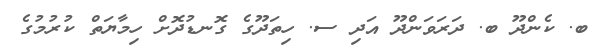
ބ. ކެންދޫ ބ. ދަރަވަންދޫ އަދި ސ. ހިތަދޫގެ ގޮނޑުދޮށް ހިމާޔަތް ކުރުމުގެ